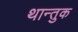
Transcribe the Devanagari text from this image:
थान्तुक